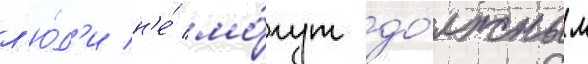
л'ю́д'и н'е́ мо́гут до́лжным